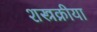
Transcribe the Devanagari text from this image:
शस्त्रक्रीया